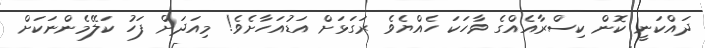
ދައްކަނީ ކޮން ކިސްރާއެއްގެ ވާހަކަ ހެއްޔެވެ ރަގަޅަށް އަޑުއަހާށެވެ! މިއަދަށް ފަހު ކަލޭމެންނަކަށް